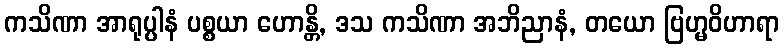
ကသိဏာ အာရုပ္ပါနံ ပစ္စယာ ဟောန္တိ, ဒသ ကသိဏာ အဘိညာနံ, တယော ဗြဟ္မဝိဟာရာ